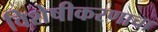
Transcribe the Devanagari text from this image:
विशेषीकरणाचा